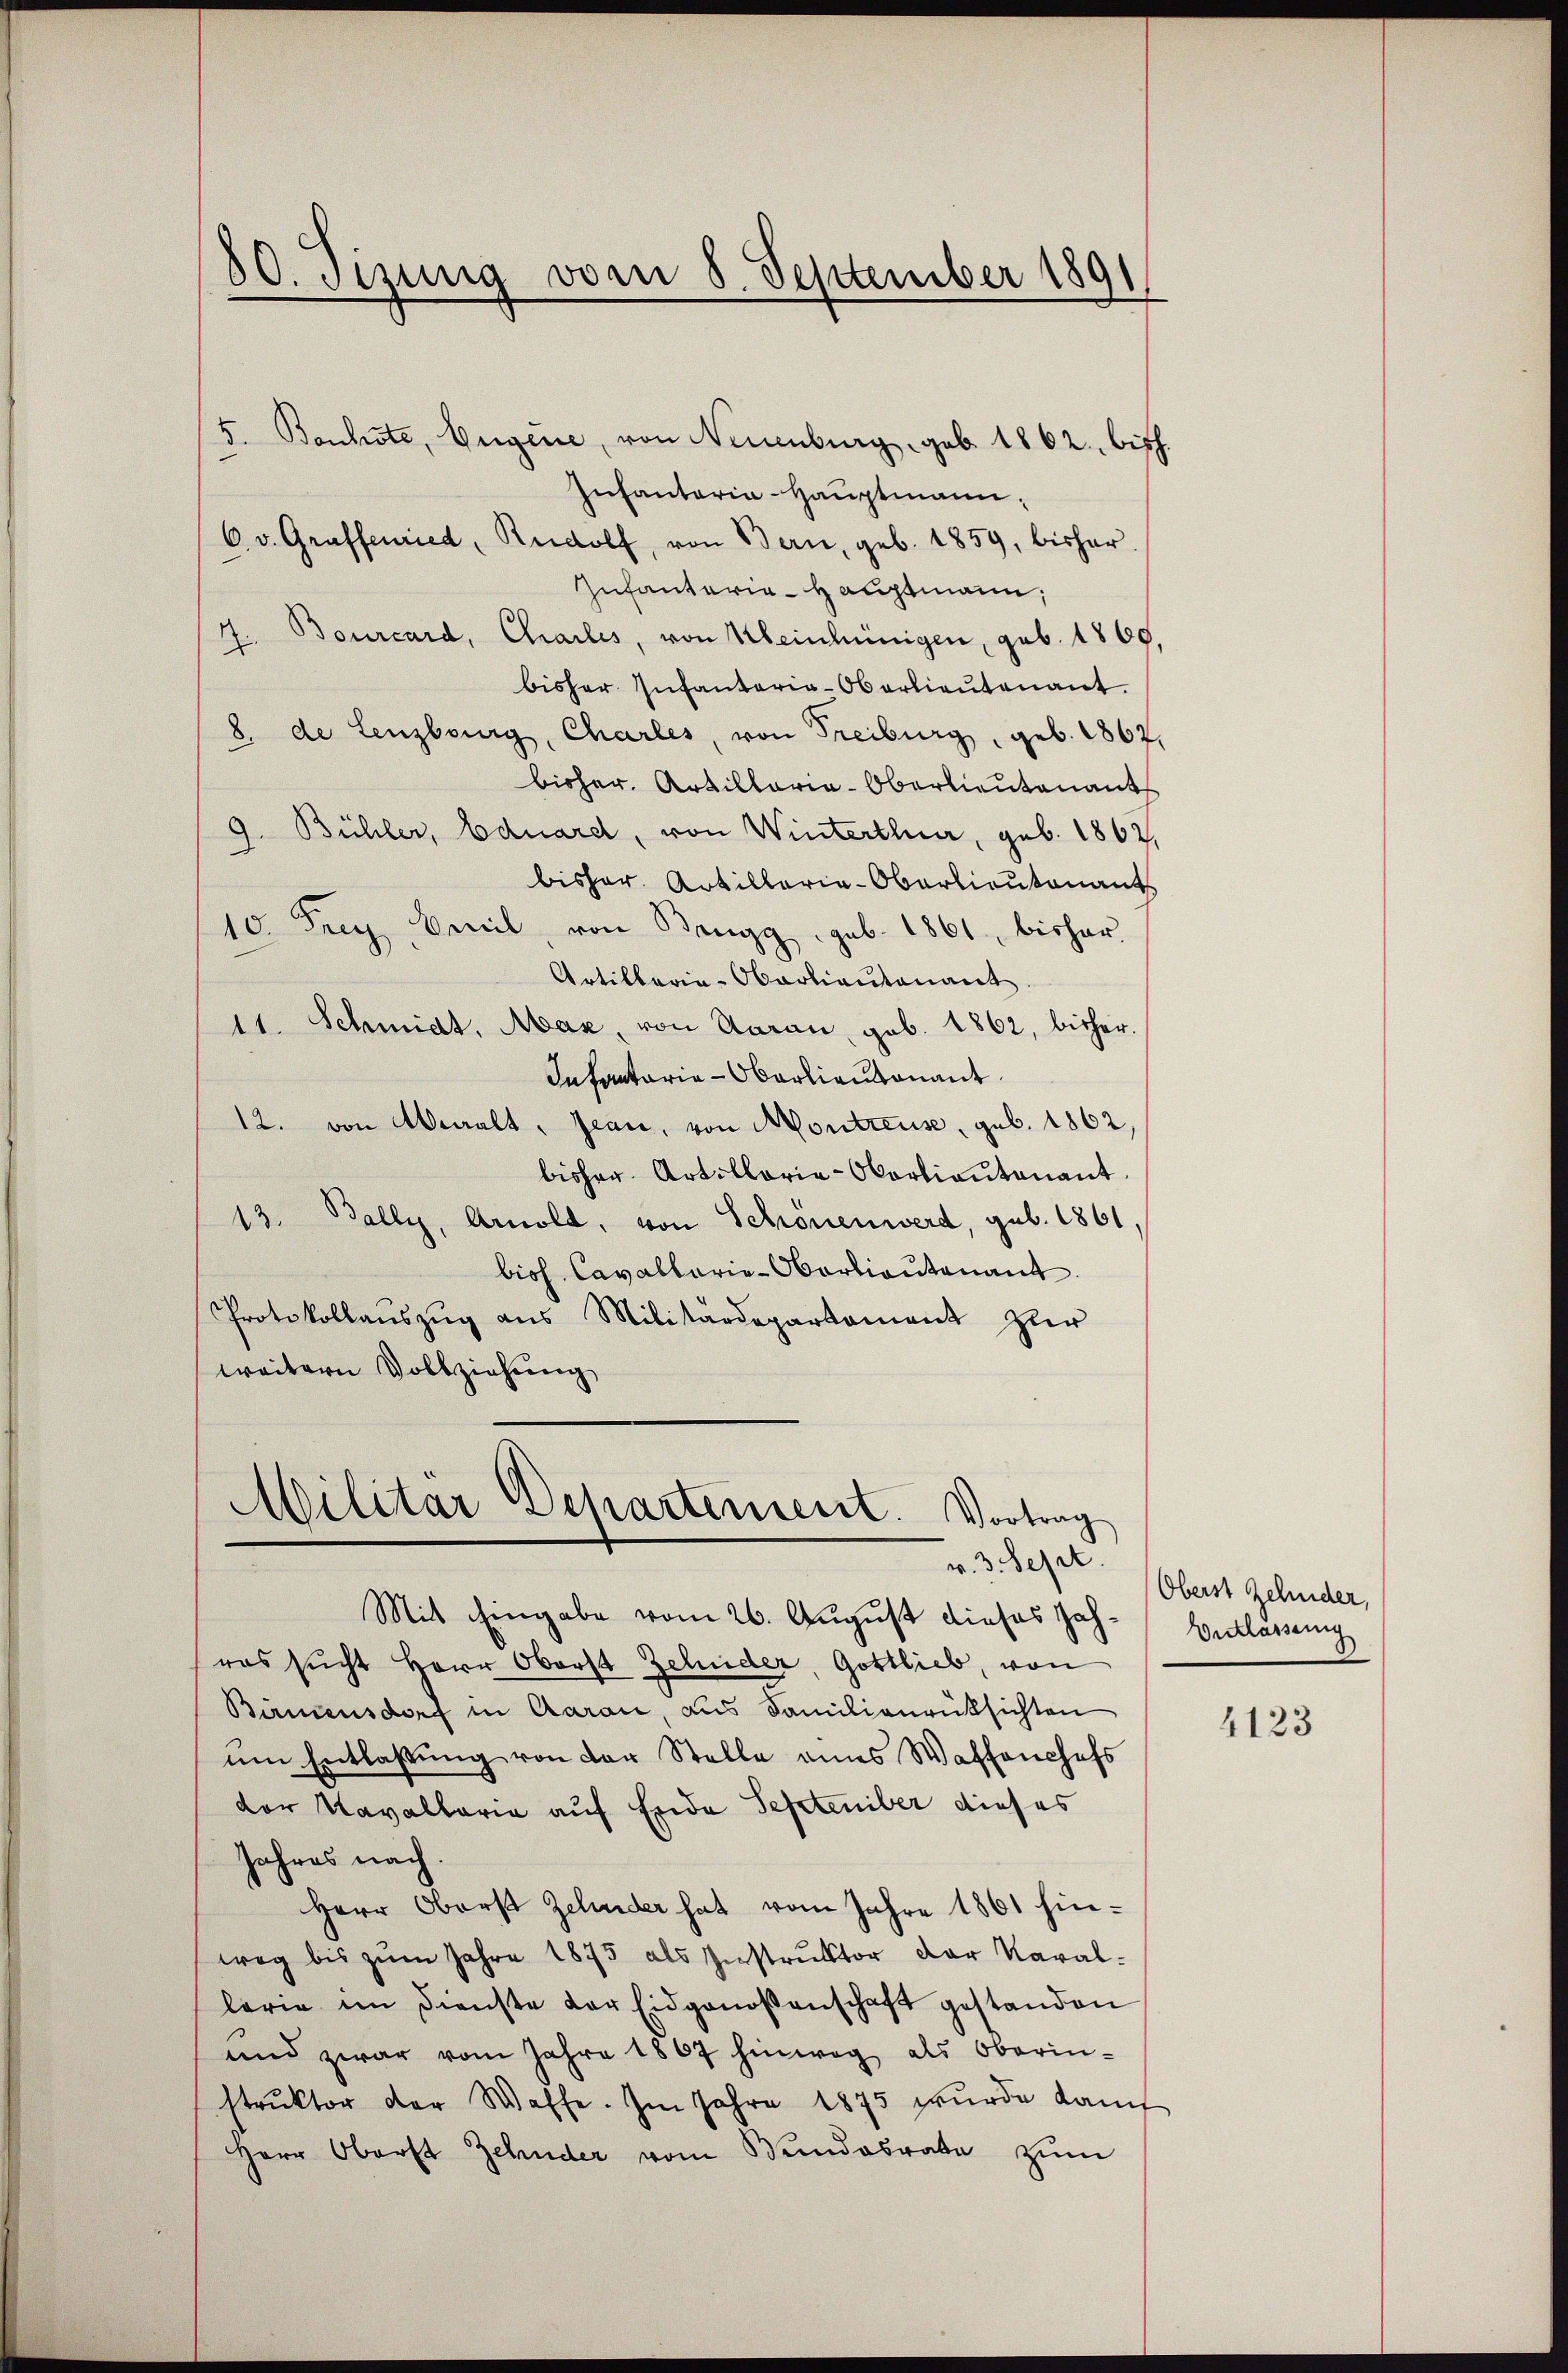
5. Bonhste, Eugene, von Neuenburg geb. 1862 bisch.
Infantaria-Hauptmann,
6. v. Graffenried, Rudolf, von Bern, geb. 1859, bisher
Infanteria-Hauptmann.
7. Bourcard, Charles, von Kleinhünigen, geb. 1860,
bisher Infanterie-Oberlieutenant.
8. de Lenzburg, Charles, von Freiburg, geb. 1867,
bisher. Artillaria-Oberlieutenant
9. Bühler, Eduard, von Winterthur, geb. 1862.
bisher. Artillerie-Oberlieutenant
10. Frey Beeil, von Beugg. sub. 1861 bisher
Artillerie-Obarliantonant
11. Schmidt, Mar, von Aarau, geb. 1862, bisher
Infantarie-Oberlieutnant
12. von Abwalt, Jean, von Montreuse, geb. 1862,
bisher. Artillerie-Oberlieutenant.
13. Bally, Arnold, von Schonenwerd, geb. 1861
bioh. Cavallarie-Obartiautenant
Protokollauszug aus Militärdepartement zur
weitern Vollziehung

30. Sizung vom 8. September 1891

Militär Departement. Vortrag
v. 3. Sept.

Mit hingabe vom 26. August dieses Jahras sucht Herr Oberst Zehnder, Gottlieb, von
Birmensdorf in Aarau, aus Familienrücksichten
um Entlassŭng von der Stelle eines Waffenchefs
dor Kavallaria auf Ende September dieses
Jahres nach.
Herr Oberst Zehnder hat vom Jahre 1861 hinweg bis zŭm Jahre 1875 als Instrŭktor der Karal-
lerie im Dienste der Eidgenoßenschaft gestanden
und zwar vom Jahre 1867 hinweg als Oberinstrŭktor der Waffe. Im Jahre 1875 wurde dam
Herr Oberst Zehnder vom Bundesrate zum

Oberst Zehnder,
Verlassung

4123